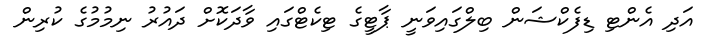
އަދި އެންޓި ޑިފެކްޝަން ބިލްގައިވަނީ ޕާޓީގެ ޓިކެޓްގައި ވާދަކޮށް ދައުރު ނިމުމުގެ ކުރިން